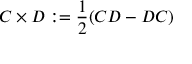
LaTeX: C \times D : = { \frac { 1 } { 2 } } ( C D - D C )